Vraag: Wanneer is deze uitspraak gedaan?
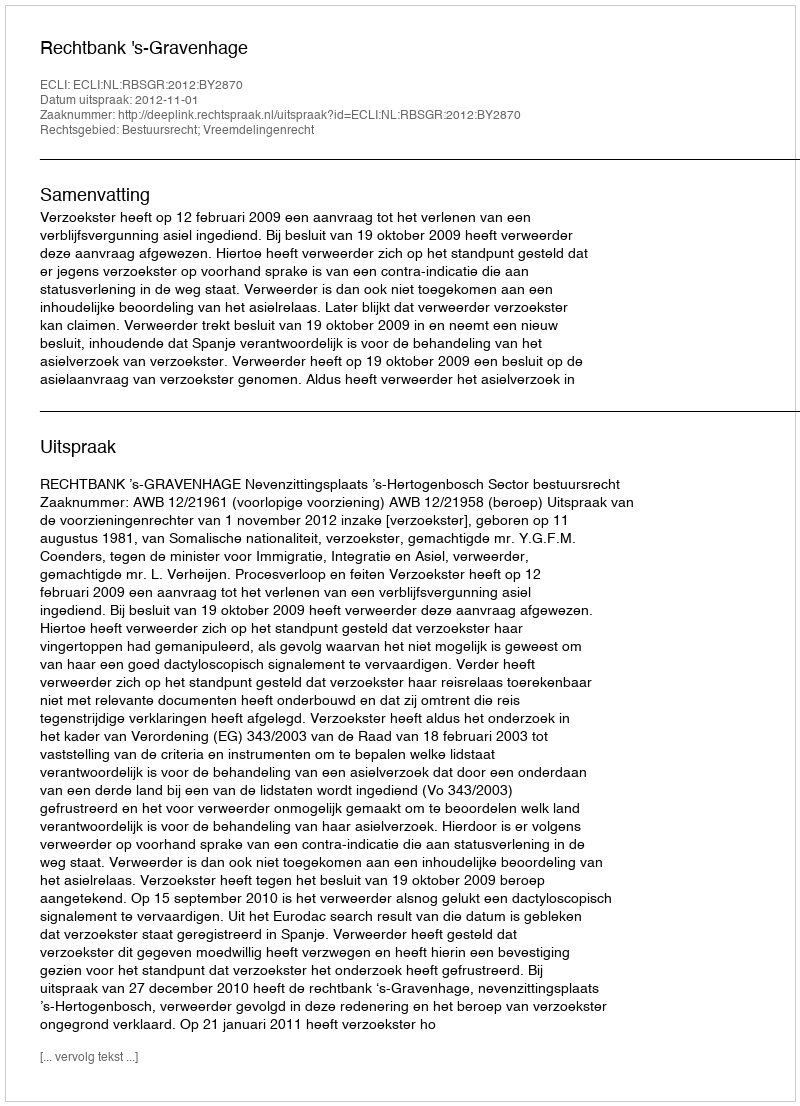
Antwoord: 2012-11-01